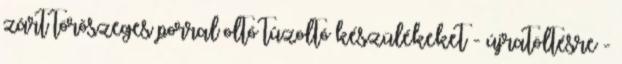
zárt törõszeges porral oltó tûzoltó készülékeket - újratöltésre -